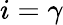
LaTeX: i=\gamma